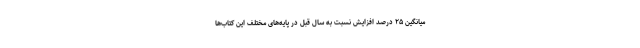
میانگین ۲۵ درصد افزایش نسبت به سال قبل در پایه‌های مختلف این کتاب‌ها